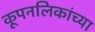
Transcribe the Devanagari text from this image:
कूपनलिकांच्या